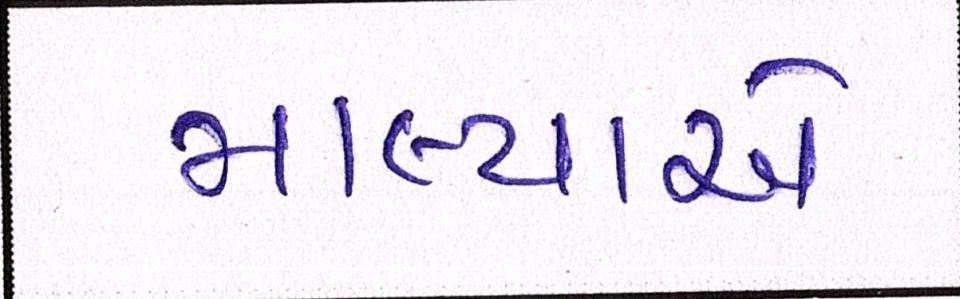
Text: માલ્યાએ